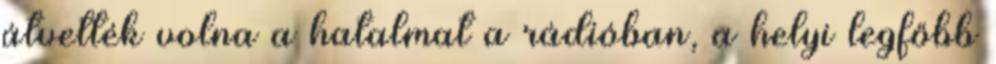
átvették volna a hatalmat a rádióban, a helyi legfőbb